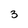
Character: 3